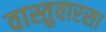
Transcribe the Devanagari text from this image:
वास्तुवारसा